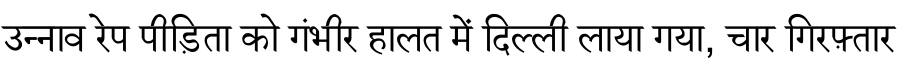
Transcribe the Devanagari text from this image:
उन्नाव रेप पीड़िता को गंभीर हालत में दिल्ली लाया गया, चार गिरफ़्तार